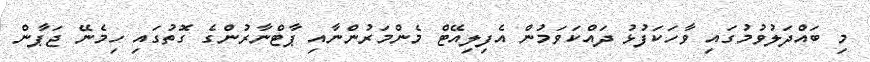
މި ބައްދަލުވުމުގައި ވާހަކަފުޅު ދައްކަވަމުން އެފިލިއޭޓް މެންމަރުންނާއި ޕާޓްނާރުންގެ ގޮތުގައި ހިމެނޭ ޖަޕާން